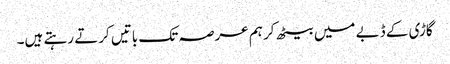
گاڑی کے ڈبے میں بیٹھ کر ہم عرصہ تک باتیں کرتے رہتے ہیں۔